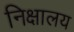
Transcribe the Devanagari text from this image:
निक्षालय